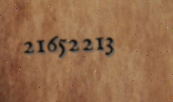
21652213